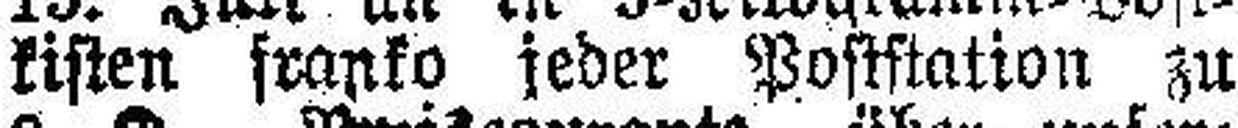
kisten franko feder Poststation zu